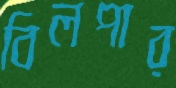
বিলপার